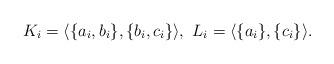
LaTeX: \begin{align*}K_i =\langle \{a_i,b_i\}, \{b_i, c_i\} \rangle , \ L_i =\langle \{a_i\}, \{c_i\} \rangle .\end{align*}